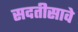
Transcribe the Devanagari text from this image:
सदतीसावे